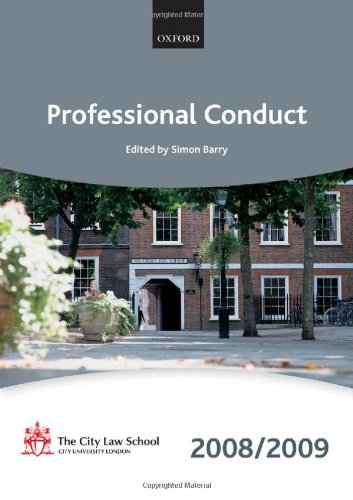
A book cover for Professional Conduct 2008-2009: 2008 Edition (Blackstone Bar Manual); Law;